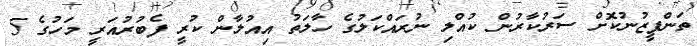
ތަންފީޒުނުކޮށް ސަރުކާރުން ކުއްލި ނުރައްކަލުގެ ހާލަތު އިއުލާން ކުރީ ފެބުރުއަރީ މަހުގެ 5